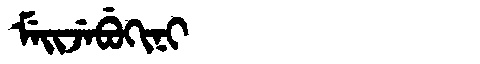
Manchu: ᠮᡝᡳᠵᡝᠪᡠᡴᡳᠨᡳ
Romanization: MEIJEBUKINI